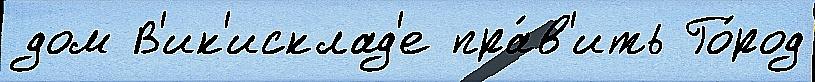
дом В'ик'исклад'е пра́в'ить Го́род